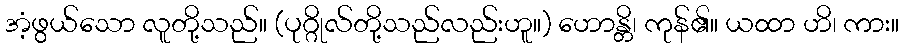
အံ့ဖွယ်သော လူတို့သည်။ (ပုဂ္ဂိုလ်တို့သည်လည်းဟူ။) ဟောန္တိ၊ ကုန်၏။ ယထာ ဟိ၊ ကား။